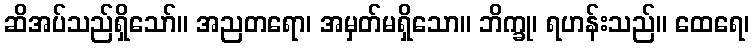
ဆိအပ်သည်ရှိသော်။ အညတရော၊ အမှတ်မရှိသော။ ဘိက္ခု၊ ရဟန်းသည်။ ထေရေ၊